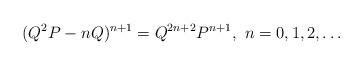
LaTeX: \begin{align*}(Q^2 P - n Q)^{n+1} = Q^{2n+2} P^{n+1}, \ n=0,1,2,\ldots\end{align*}